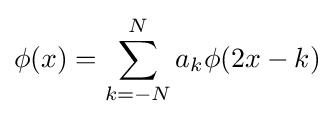
\phi (x)=\sum _{k=-N}^{N}a_{k}\phi (2x-k)